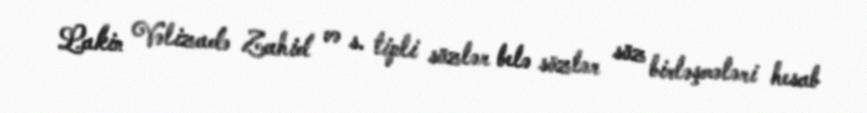
Lakin Vəlizadə Zahid və s. tipli sözlər belə sözlər söz birləşmələri hesab